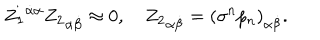
LaTeX: { Z _ { 1 } } ^ { \dot { \alpha } \alpha } { Z _ { 2 } } _ { \alpha \dot { \beta } } \approx 0 , \quad { Z _ { 2 } } _ { \alpha \dot { \beta } } = { ( \sigma ^ { n } p _ { n } ) } _ { \alpha \dot { \beta } } .